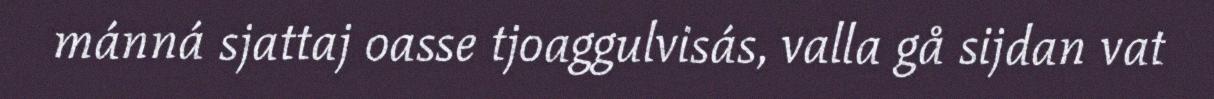
mánná sjattaj oasse tjoaggulvisás, valla gå sijdan vat